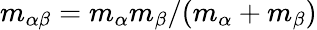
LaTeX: m_{\alpha\beta}=m_{\alpha}m_{\beta}/(m_{\alpha}+m_{\beta})